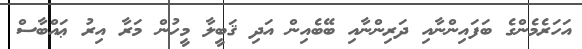
އަހަރެމެންގެ ބަފައިންނާއި ދަރިންނާއި ބޭބެއިން އަދި ޤަބީލާ މީހުން މަރާ އިރު ޢައްބާސް